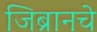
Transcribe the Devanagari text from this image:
जिब्रानचे